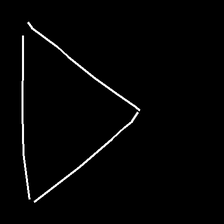
Glyph: convergence